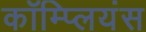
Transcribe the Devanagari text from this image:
कॉम्प्लियंस